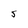
Character: S